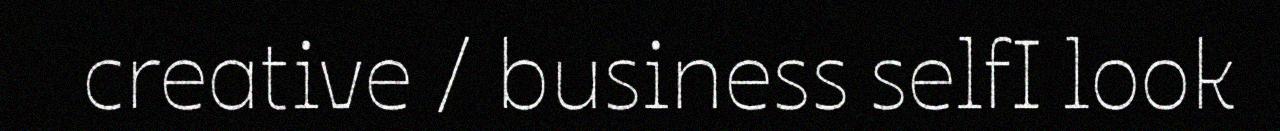
creative / business selfI look